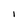
Character: l